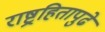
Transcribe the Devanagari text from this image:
राष्ट्रहितापुढे